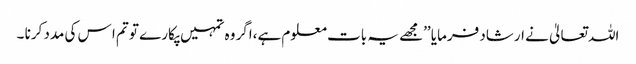
اللہ تعالیٰ نے ارشاد فرمایا ’’مجھے یہ بات معلوم ہے،اگر وہ تمہیں پکارے تو تم ا س کی مدد کرنا ۔